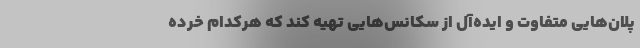
پلان‌هایی متفاوت و ایده‌آل از سکانس‌هایی تهیه کند که هرکدام خرده‌